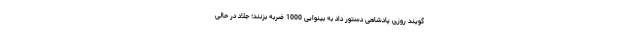
گویند روزی پادشاهی دستور داد به بینوایی 1000 ضربه بزنند؛ جلاد در حالی